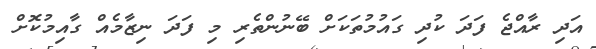
އަދި ރާއްޖެ ފަދަ ކުދި ގައުމުތަކަށް ބޭނުންތެރި މި ފަދަ ނިޒާމެއް ގާއިމުކޮށް